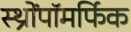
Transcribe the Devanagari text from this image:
स्थ्रोंपॉमर्फिक